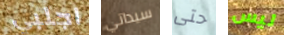
اجلبي سيداتي حتى ليس